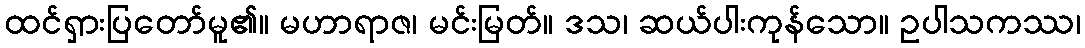
ထင်ရှားပြတော်မူ၏။ မဟာရာဇ၊ မင်းမြတ်။ ဒသ၊ ဆယ်ပါးကုန်သော။ ဥပါသကဿ၊